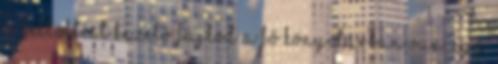
a feltöltést kezelő fájlod a fő könyvtárban van. Egy